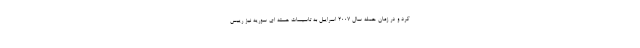
کرد و در زمان حمله سال 2007 اسراییل به تاسیسات هسته ای سوریه نیز رییس